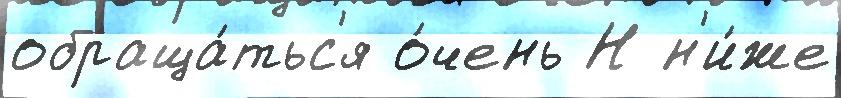
обраща́тьс'я о́чень Н н'и́же